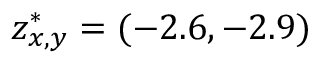
z _ { x , y } ^ { * } = ( - 2 . 6 , - 2 . 9 )